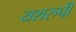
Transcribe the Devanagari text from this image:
यशरुपी